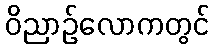
ဝိညာဉ်လောကတွင်